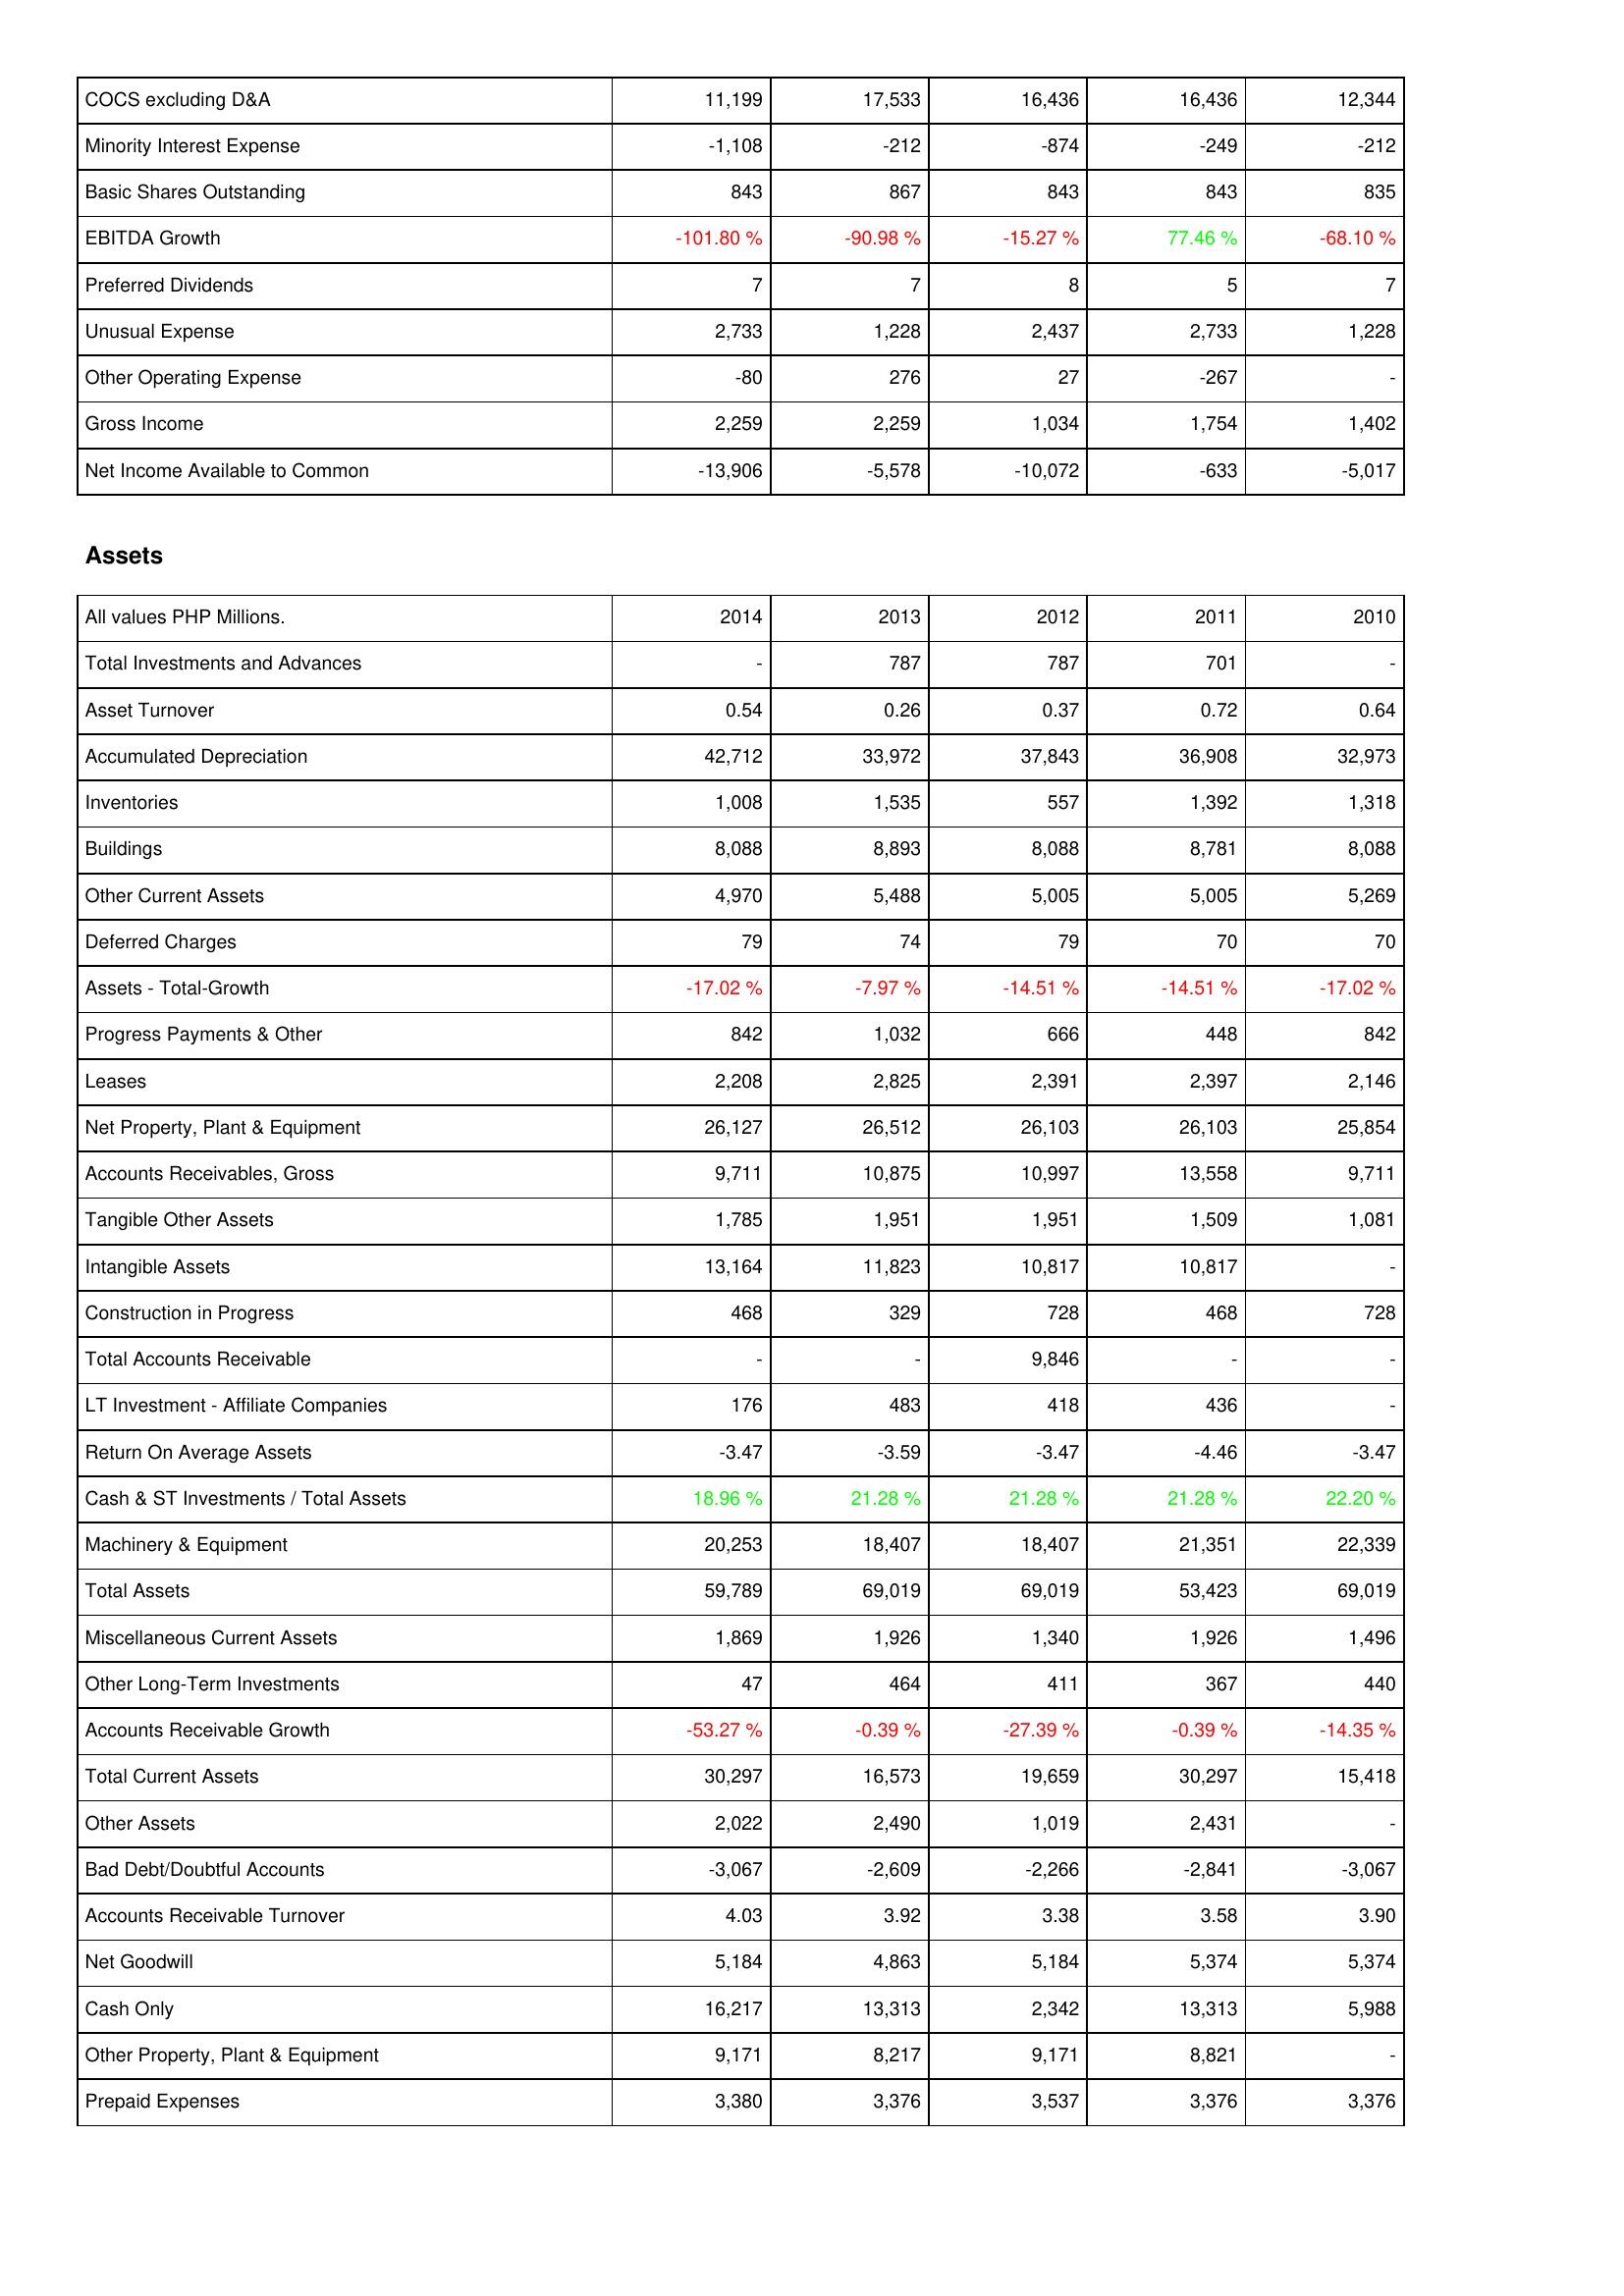
2014: Income Statement: COCS excluding D&A: 11,199
Minority Interest Expense: -1,108
Basic Shares Outstanding: 843
EBITDA Growth: -101.80 %
Preferred Dividends: 7
Unusual Expense: 2,733
Other Operating Expense: -80
Gross Income: 2,259
Net Income Available to Common: -13,906
Assets: Total Investments and Advances: -
Asset Turnover: 0.54
Accumulated Depreciation: 42,712
Inventories: 1,008
Buildings: 8,088
Other Current Assets: 4,970
Deferred Charges: 79
Assets - Total-Growth: -17.02 %
Progress Payments & Other: 842
Leases: 2,208
Net Property, Plant & Equipment: 26,127
Accounts Receivables, Gross: 9,711
Tangible Other Assets: 1,785
Intangible Assets: 13,164
Construction in Progress: 468
Total Accounts Receivable: -
LT Investment - Affiliate Companies: 176
Return On Average Assets: -3.47
Cash & ST Investments / Total Assets: 18.96 %
Machinery & Equipment: 20,253
Total Assets: 59,789
Miscellaneous Current Assets: 1,869
Other Long-Term Investments: 47
Accounts Receivable Growth: -53.27 %
Total Current Assets: 30,297
Other Assets: 2,022
Bad Debt/Doubtful Accounts: -3,067
Accounts Receivable Turnover: 4.03
Net Goodwill: 5,184
Cash Only: 16,217
Other Property, Plant & Equipment: 9,171
Prepaid Expenses: 3,380
2013: Income Statement: COCS excluding D&A: 17,533
Minority Interest Expense: -212
Basic Shares Outstanding: 867
EBITDA Growth: -90.98 %
Preferred Dividends: 7
Unusual Expense: 1,228
Other Operating Expense: 276
Gross Income: 2,259
Net Income Available to Common: -5,578
Assets: Total Investments and Advances: 787
Asset Turnover: 0.26
Accumulated Depreciation: 33,972
Inventories: 1,535
Buildings: 8,893
Other Current Assets: 5,488
Deferred Charges: 74
Assets - Total-Growth: -7.97 %
Progress Payments & Other: 1,032
Leases: 2,825
Net Property, Plant & Equipment: 26,512
Accounts Receivables, Gross: 10,875
Tangible Other Assets: 1,951
Intangible Assets: 11,823
Construction in Progress: 329
Total Accounts Receivable: -
LT Investment - Affiliate Companies: 483
Return On Average Assets: -3.59
Cash & ST Investments / Total Assets: 21.28 %
Machinery & Equipment: 18,407
Total Assets: 69,019
Miscellaneous Current Assets: 1,926
Other Long-Term Investments: 464
Accounts Receivable Growth: -0.39 %
Total Current Assets: 16,573
Other Assets: 2,490
Bad Debt/Doubtful Accounts: -2,609
Accounts Receivable Turnover: 3.92
Net Goodwill: 4,863
Cash Only: 13,313
Other Property, Plant & Equipment: 8,217
Prepaid Expenses: 3,376
2012: Income Statement: COCS excluding D&A: 16,436
Minority Interest Expense: -874
Basic Shares Outstanding: 843
EBITDA Growth: -15.27 %
Preferred Dividends: 8
Unusual Expense: 2,437
Other Operating Expense: 27
Gross Income: 1,034
Net Income Available to Common: -10,072
Assets: Total Investments and Advances: 787
Asset Turnover: 0.37
Accumulated Depreciation: 37,843
Inventories: 557
Buildings: 8,088
Other Current Assets: 5,005
Deferred Charges: 79
Assets - Total-Growth: -14.51 %
Progress Payments & Other: 666
Leases: 2,391
Net Property, Plant & Equipment: 26,103
Accounts Receivables, Gross: 10,997
Tangible Other Assets: 1,951
Intangible Assets: 10,817
Construction in Progress: 728
Total Accounts Receivable: 9,846
LT Investment - Affiliate Companies: 418
Return On Average Assets: -3.47
Cash & ST Investments / Total Assets: 21.28 %
Machinery & Equipment: 18,407
Total Assets: 69,019
Miscellaneous Current Assets: 1,340
Other Long-Term Investments: 411
Accounts Receivable Growth: -27.39 %
Total Current Assets: 19,659
Other Assets: 1,019
Bad Debt/Doubtful Accounts: -2,266
Accounts Receivable Turnover: 3.38
Net Goodwill: 5,184
Cash Only: 2,342
Other Property, Plant & Equipment: 9,171
Prepaid Expenses: 3,537
2011: Income Statement: COCS excluding D&A: 16,436
Minority Interest Expense: -249
Basic Shares Outstanding: 843
EBITDA Growth: 77.46 %
Preferred Dividends: 5
Unusual Expense: 2,733
Other Operating Expense: -267
Gross Income: 1,754
Net Income Available to Common: -633
Assets: Total Investments and Advances: 701
Asset Turnover: 0.72
Accumulated Depreciation: 36,908
Inventories: 1,392
Buildings: 8,781
Other Current Assets: 5,005
Deferred Charges: 70
Assets - Total-Growth: -14.51 %
Progress Payments & Other: 448
Leases: 2,397
Net Property, Plant & Equipment: 26,103
Accounts Receivables, Gross: 13,558
Tangible Other Assets: 1,509
Intangible Assets: 10,817
Construction in Progress: 468
Total Accounts Receivable: -
LT Investment - Affiliate Companies: 436
Return On Average Assets: -4.46
Cash & ST Investments / Total Assets: 21.28 %
Machinery & Equipment: 21,351
Total Assets: 53,423
Miscellaneous Current Assets: 1,926
Other Long-Term Investments: 367
Accounts Receivable Growth: -0.39 %
Total Current Assets: 30,297
Other Assets: 2,431
Bad Debt/Doubtful Accounts: -2,841
Accounts Receivable Turnover: 3.58
Net Goodwill: 5,374
Cash Only: 13,313
Other Property, Plant & Equipment: 8,821
Prepaid Expenses: 3,376
2010: Income Statement: COCS excluding D&A: 12,344
Minority Interest Expense: -212
Basic Shares Outstanding: 835
EBITDA Growth: -68.10 %
Preferred Dividends: 7
Unusual Expense: 1,228
Other Operating Expense: -
Gross Income: 1,402
Net Income Available to Common: -5,017
Assets: Total Investments and Advances: -
Asset Turnover: 0.64
Accumulated Depreciation: 32,973
Inventories: 1,318
Buildings: 8,088
Other Current Assets: 5,269
Deferred Charges: 70
Assets - Total-Growth: -17.02 %
Progress Payments & Other: 842
Leases: 2,146
Net Property, Plant & Equipment: 25,854
Accounts Receivables, Gross: 9,711
Tangible Other Assets: 1,081
Intangible Assets: -
Construction in Progress: 728
Total Accounts Receivable: -
LT Investment - Affiliate Companies: -
Return On Average Assets: -3.47
Cash & ST Investments / Total Assets: 22.20 %
Machinery & Equipment: 22,339
Total Assets: 69,019
Miscellaneous Current Assets: 1,496
Other Long-Term Investments: 440
Accounts Receivable Growth: -14.35 %
Total Current Assets: 15,418
Other Assets: -
Bad Debt/Doubtful Accounts: -3,067
Accounts Receivable Turnover: 3.90
Net Goodwill: 5,374
Cash Only: 5,988
Other Property, Plant & Equipment: -
Prepaid Expenses: 3,376